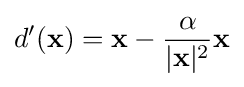
d'(\mathbf {x} )=\mathbf {x} -{\frac {\alpha }{|\mathbf {x} |^{2}}}\mathbf {x}